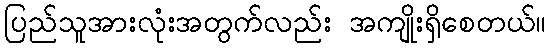
ပြည်သူအားလုံးအတွက်လည်း အကျိုးရှိစေတယ်။